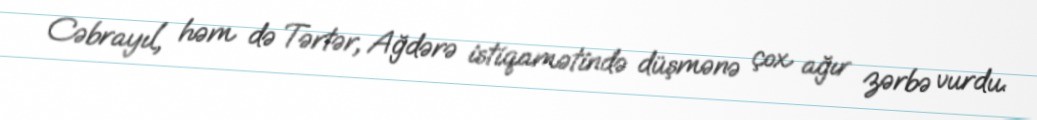
Cəbrayıl, həm də Tərtər, Ağdərə istiqamətində düşmənə çox ağır zərbə vurdu.